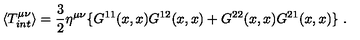
\langle T _ { i n t } ^ { \mu \nu } \rangle = \frac { 3 } { 2 } \eta ^ { \mu \nu } \{ G ^ { 1 1 } ( x , x ) G ^ { 1 2 } ( x , x ) + G ^ { 2 2 } ( x , x ) G ^ { 2 1 } ( x , x ) \} \ .